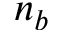
n _ { b }